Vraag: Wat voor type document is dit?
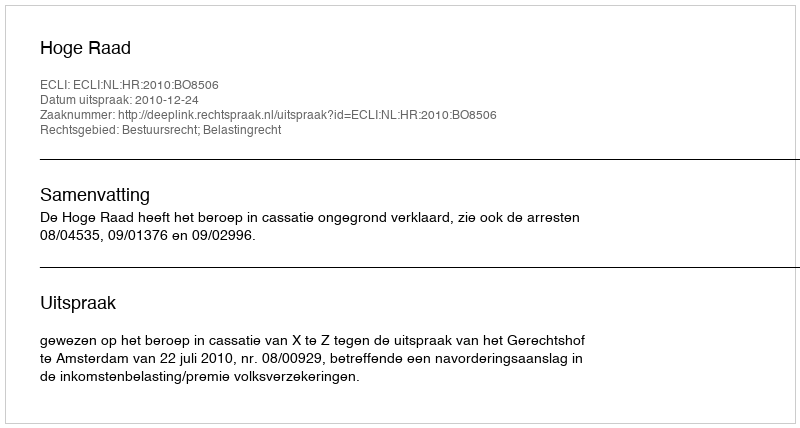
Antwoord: Uitspraak